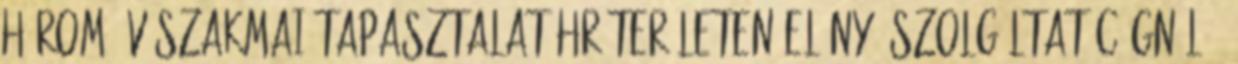
három év szakmai tapasztalat HR területen előny: szolgáltatócégnél ,